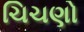
ચિચણો